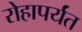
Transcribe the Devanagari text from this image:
रोहापर्यंत